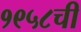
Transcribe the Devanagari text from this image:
१९५८ची